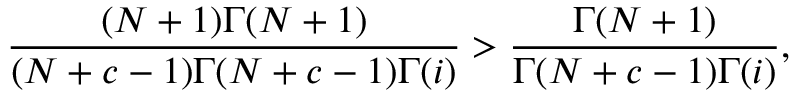
\frac { ( N + 1 ) \Gamma ( N + 1 ) } { ( N + c - 1 ) \Gamma ( N + c - 1 ) \Gamma ( i ) } > \frac { \Gamma ( N + 1 ) } { \Gamma ( N + c - 1 ) \Gamma ( i ) } ,